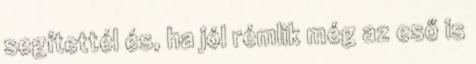
segítettél és, ha jól rémlik még az eső is